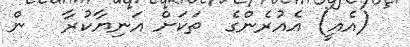
(އެއީ) އެއުރެންގެ  ތަކަށް އަނިޔާކުރާ   ން